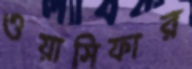
ওয়াসিফার